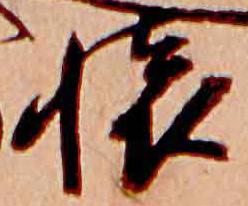
懐